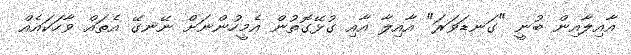
އާއިލާއިން ބުނީ "ގަނޑަވަރަ" އާއިލާ އާއި ގުޅޭގޮތުން އެމީހުންނަށް ނޭނގޭ އެތައް ވާހަކައެއް